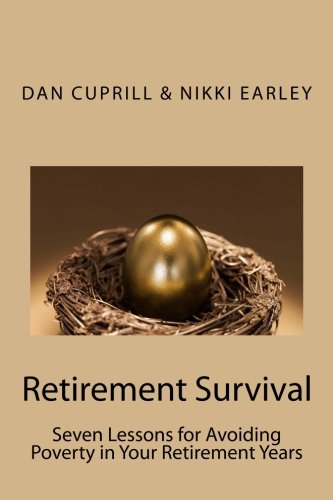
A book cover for Retirement Survival: Seven Lessons for Avoiding Poverty in Your Retirement Years; Dan Cuprill; Business & Money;